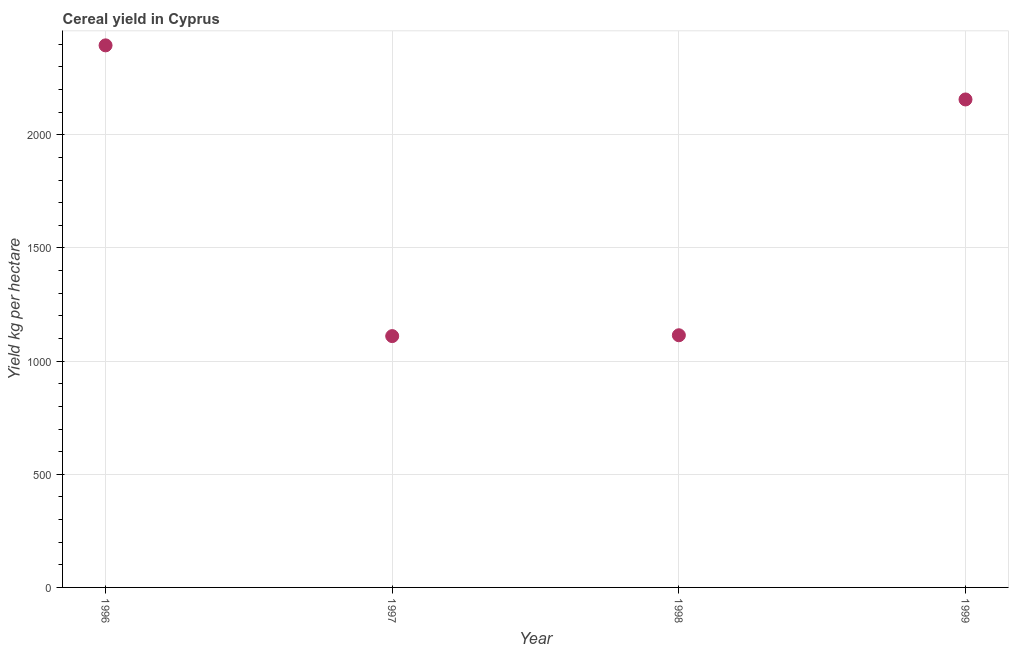
| Year | Cereal yield |
 | --- | --- |
 | 1996 | 2.4e+03 |
 | 1997 | 1.11e+03 |
 | 1998 | 1.11e+03 |
 | 1999 | 2.16e+03 |